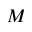
M